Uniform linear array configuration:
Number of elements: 64
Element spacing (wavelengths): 0.75
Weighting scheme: cosine
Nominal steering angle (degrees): -45
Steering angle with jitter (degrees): -45.668
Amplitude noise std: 0.05
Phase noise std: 0.05

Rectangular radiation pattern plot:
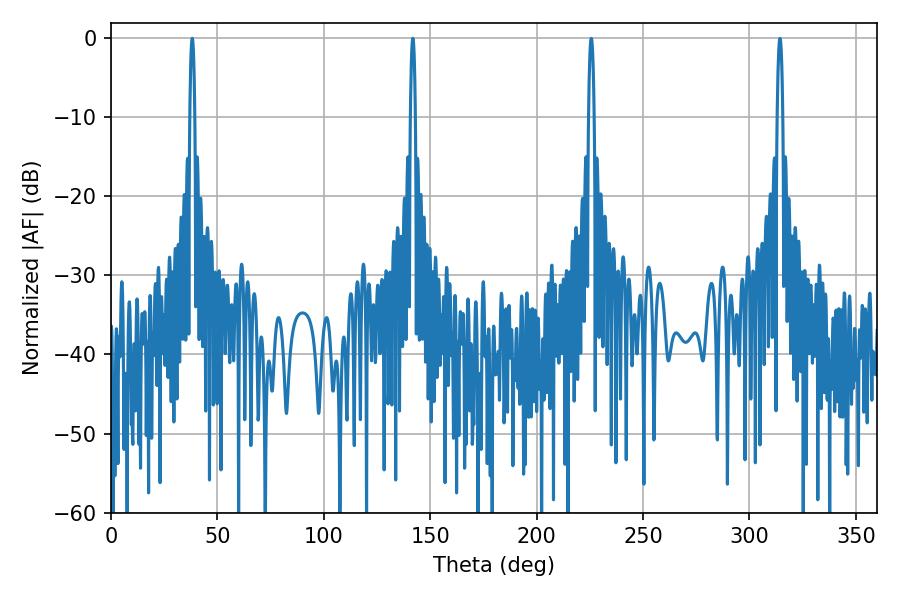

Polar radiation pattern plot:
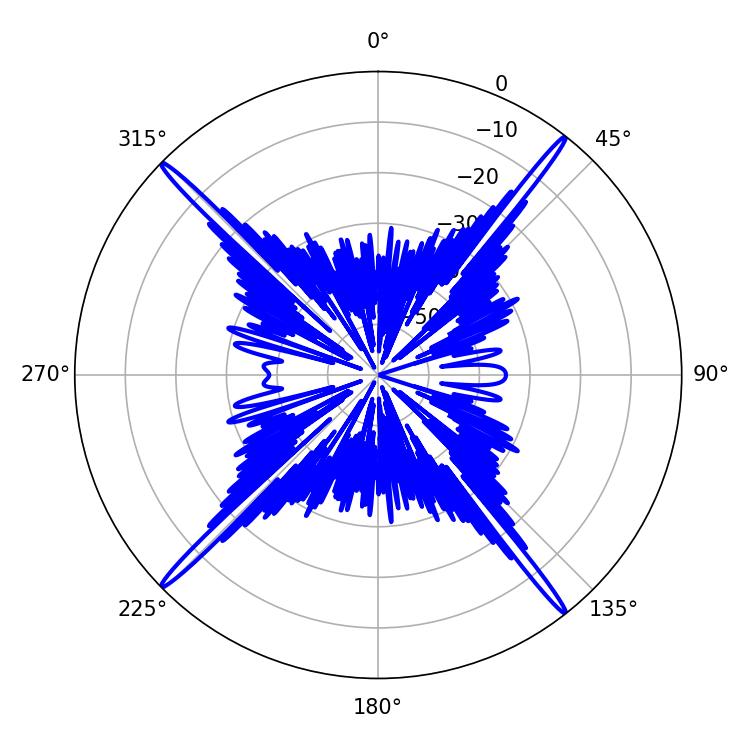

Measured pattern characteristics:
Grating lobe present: TRUE
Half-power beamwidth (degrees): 1.26
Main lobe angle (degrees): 38.16